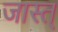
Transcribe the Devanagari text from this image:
जास्त्‌